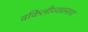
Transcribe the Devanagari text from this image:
वकिलीव्यवसाय